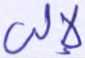
لإلى